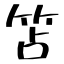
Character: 笘